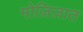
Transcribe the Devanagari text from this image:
मोज़िज़ात